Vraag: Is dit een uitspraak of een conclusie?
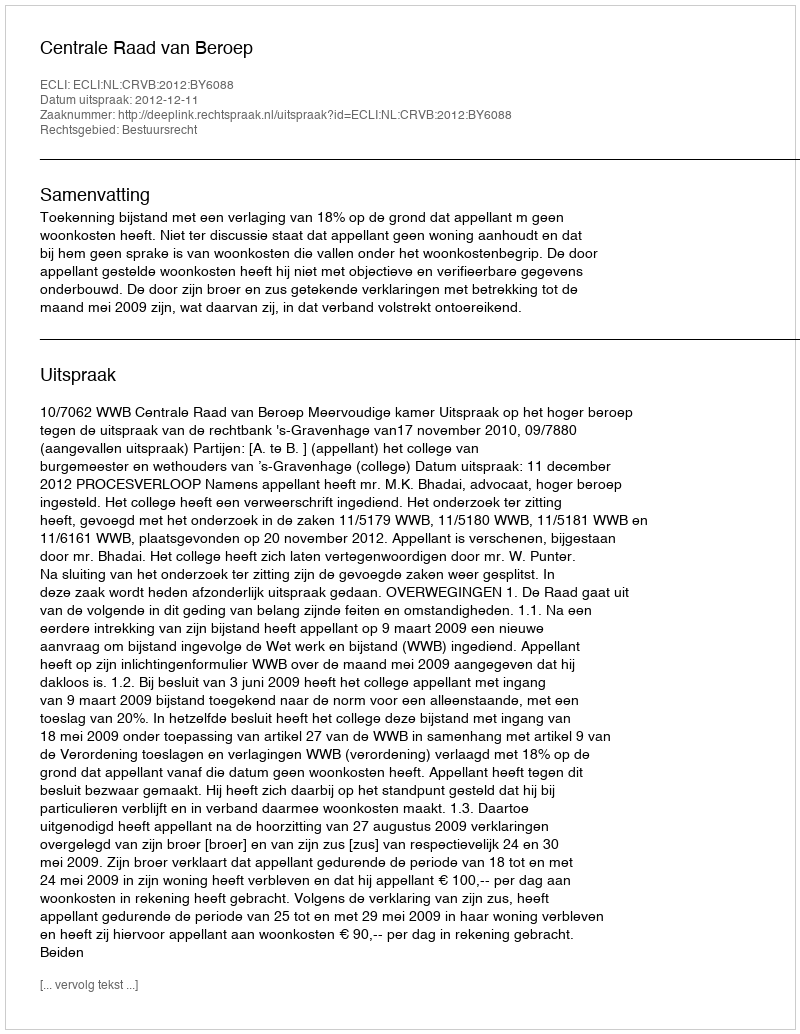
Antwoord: Uitspraak